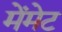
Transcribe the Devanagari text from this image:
मेंमेट